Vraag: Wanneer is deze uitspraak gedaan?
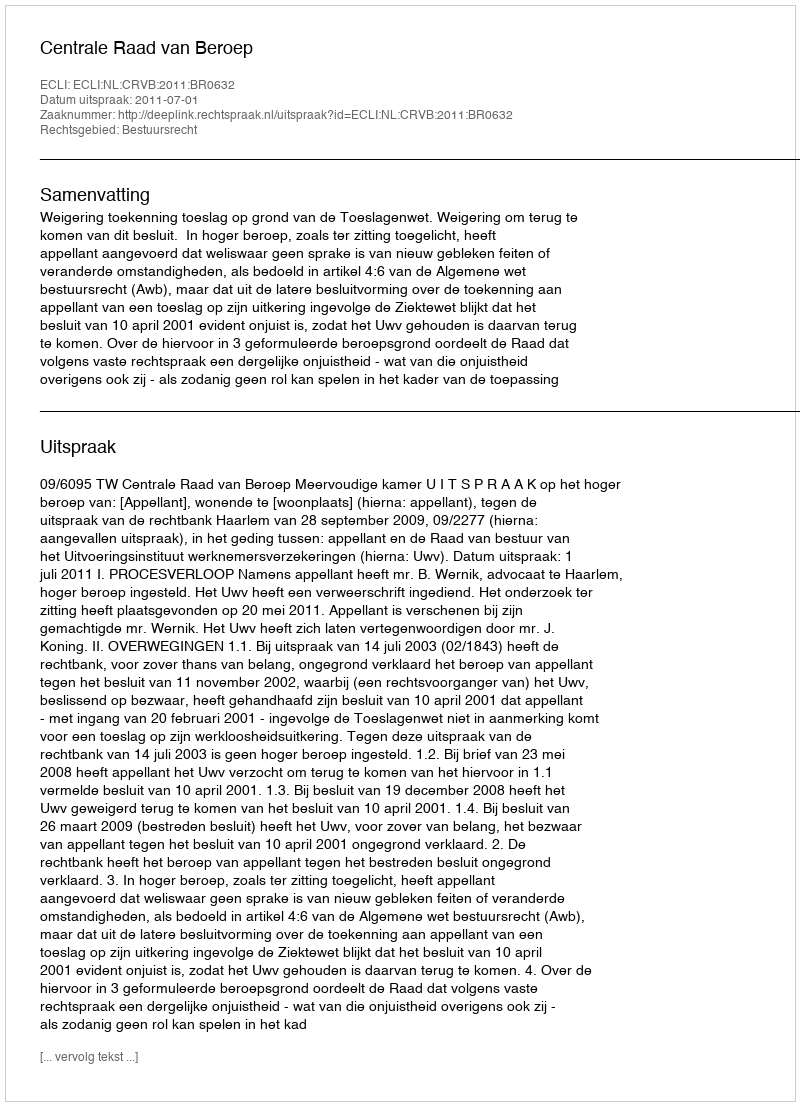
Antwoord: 2011-07-01